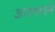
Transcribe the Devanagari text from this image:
आठव्याने